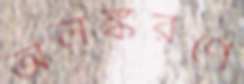
অলঙ্করণে